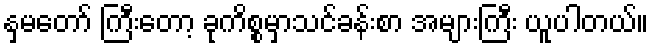
နှမတော် ကြီးတော့ ခုကိစ္စမှာသင်ခန်းစာ အများကြီး ယူပါတယ်။